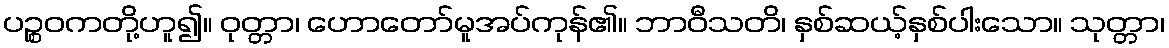
ပဉ္စဝကတို့ဟူ၍။ ဝုတ္တာ၊ ဟောတော်မူအပ်ကုန်၏။ ဘာဝီသတိ၊ နှစ်ဆယ့်နှစ်ပါးသော။ သုတ္တာ၊